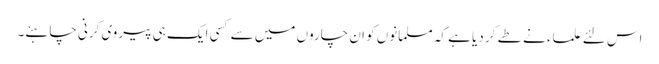
اس لئے علماء نے طے کر دیا ہے کہ مسلمانوں کو ان چاروں میں سے کسی ایک ہی پیروی کرنی چاہئے۔